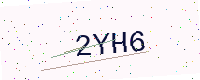
Text: 2YH6